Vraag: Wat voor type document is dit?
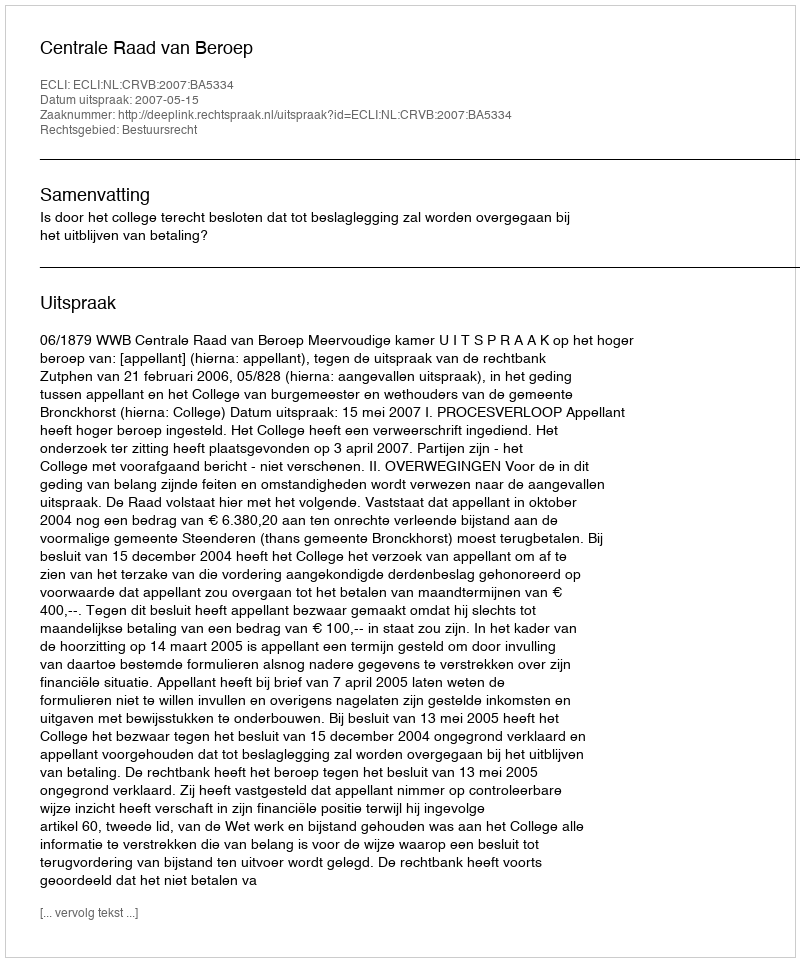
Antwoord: Uitspraak